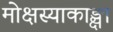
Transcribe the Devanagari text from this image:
मोक्षस्याकाङ्क्षा